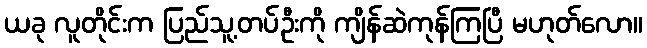
ယခု လူတိုင်းက ပြည်သူ့တပ်ဦးကို ကျိန်ဆဲကုန်ကြပြီ မဟုတ်လော။